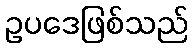
ဥပဒေဖြစ်သည်